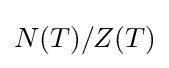
N(T)/Z(T)